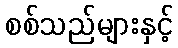
စစ်သည်များနှင့်